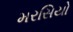
મરસિયો